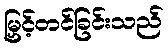
မြှင့်တင်ခြင်းသည်